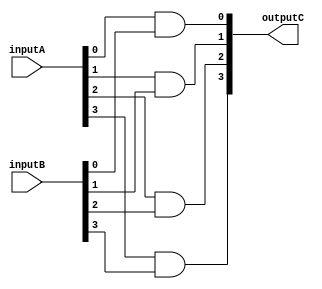
module FourBitAND(inputA,inputB,outputC);
input  [3:0] inputA;
input  [3:0] inputB;
output [3:0] outputC;
wire   [3:0] inputA;
wire   [3:0] inputB;
reg    [3:0] outputC;

reg    [3:0] result;

always@(*)
begin
	result[0]=inputA[0]&inputB[0];
	result[1]=inputA[1]&inputB[1];
	result[2]=inputA[2]&inputB[2];
	result[3]=inputA[3]&inputB[3];
	outputC=result;
end
 
endmodule